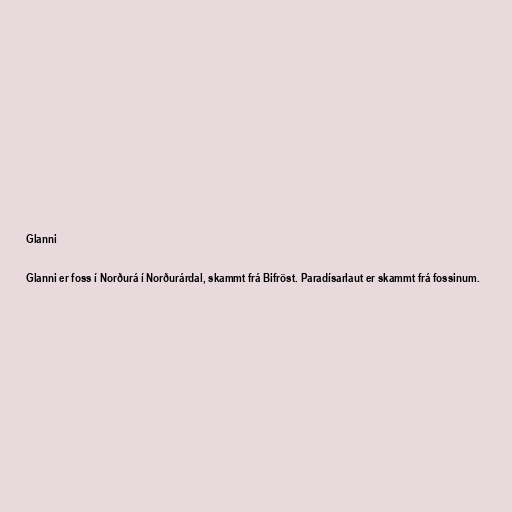
Glanni

Glanni er foss í Norðurá í Norðurárdal, skammt frá Bifröst. Paradísarlaut er skammt frá fossinum.